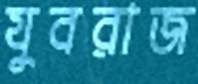
যুবরাজ